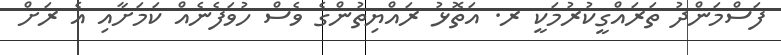
ފަސްމަންދު ތަރައްގީކުރުމަކީ ރ. އަތޮޅު ރައްޔިތުންގެ ވެސް ހުވަފެނެއް ކަމަށާއި އެ ރަށް